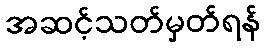
အဆင့်သတ်မှတ်ရန်